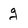
Character: g